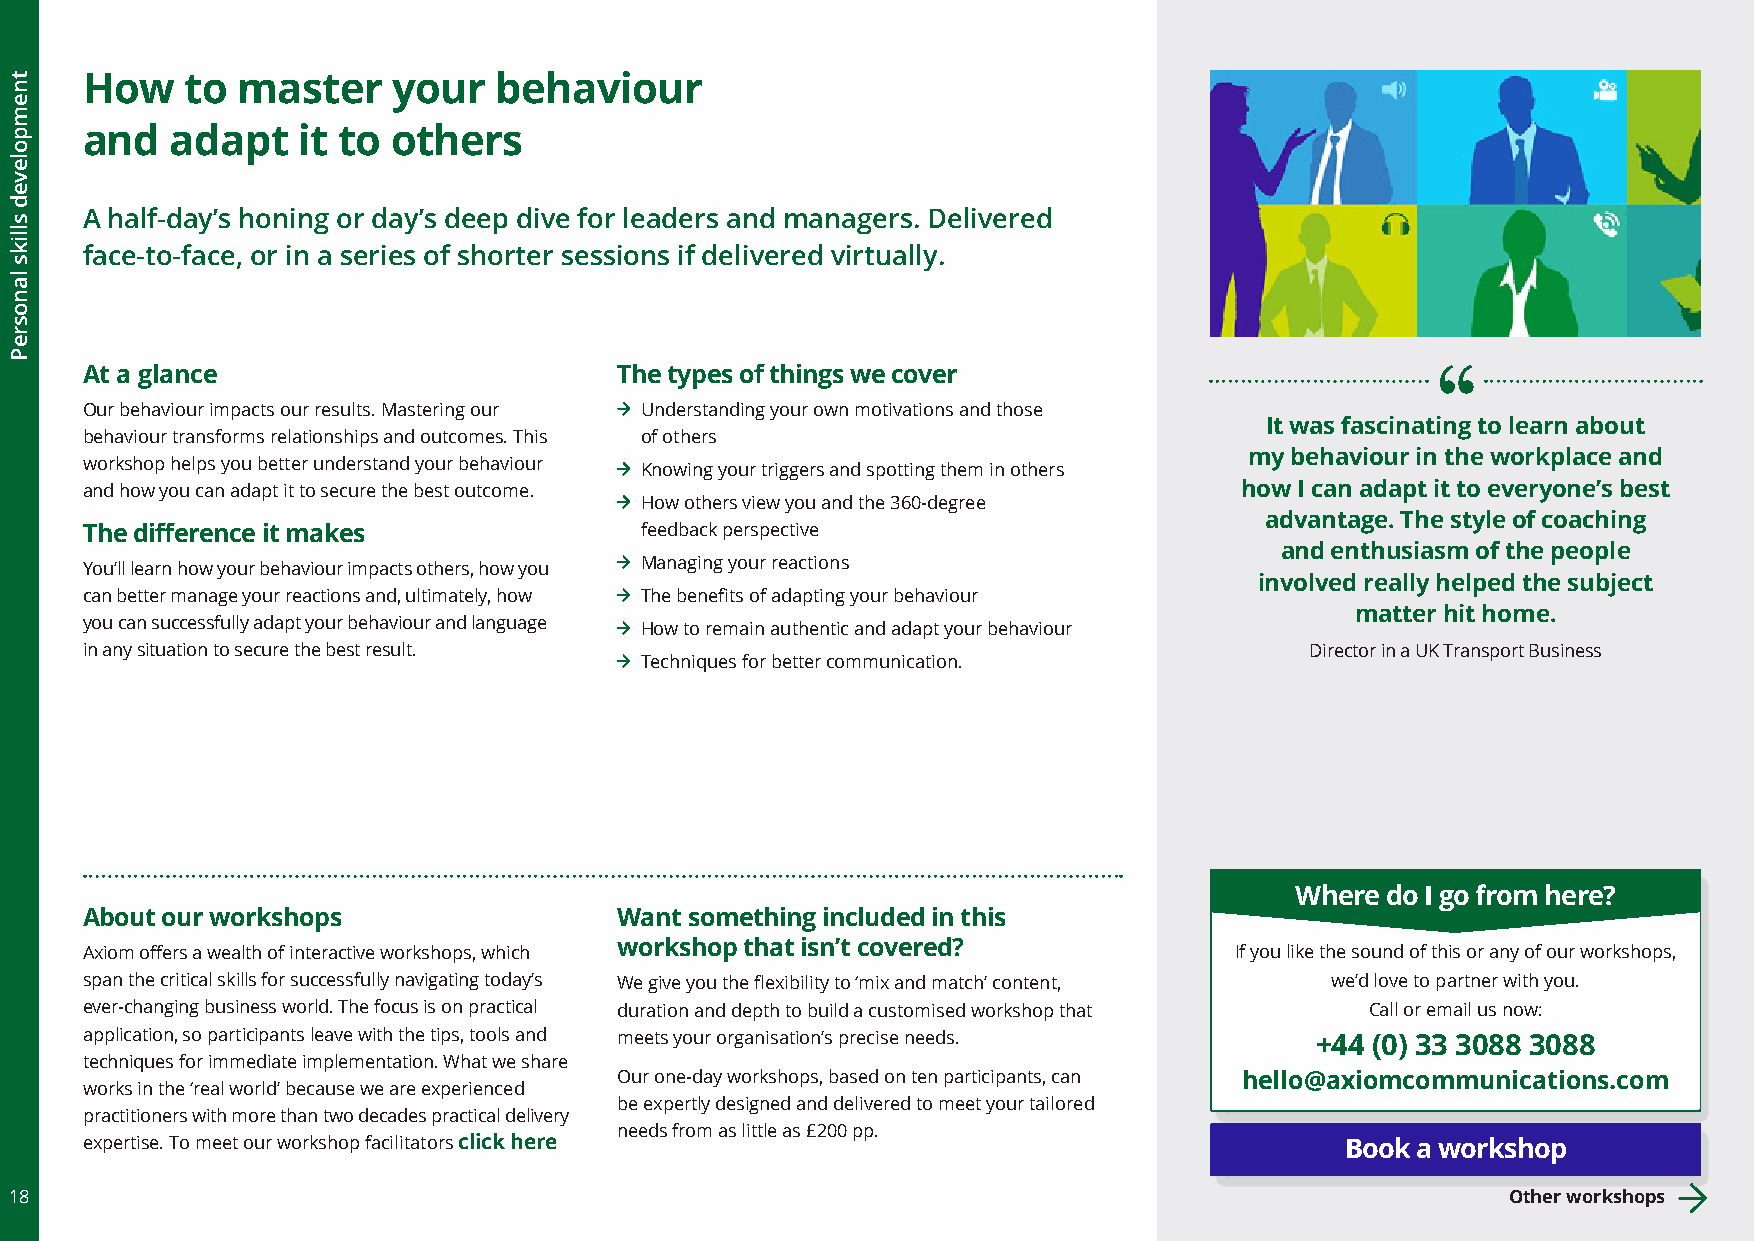
How    to  master    your   behaviour
 and   adapt    it to others
 A half-day’s honing or day’s deep dive for leaders and managers. Delivered
 face-to-face, or in a series of shorter sessions if delivered virtually.
 At a glance                         The types of things we cover
 Our behaviour impacts our results. Mastering our Understanding your own motivations and those
 It was fascinating to learn about
 behaviour transforms relationships and outcomes. This of others
 my behaviour in the workplace and
 workshop helps you better understand your behaviour Knowing your triggers and spotting them in others
 and how you can adapt it to secure the best outcome.                         how I can adapt it to everyone’s best
 How others view you and the 360-degree
 advantage. The style of coaching
 The difference it makes              feedback perspective
 and enthusiasm of the people
 You’ll learn how your behaviour impacts others, how you Managing your reactions
 involved really helped the subject
 can better manage your reactions and, ultimately, how The benefits of adapting your behaviour
 matter hit home.
 you can successfully adapt your behaviour and language How to remain authentic and adapt your behaviour
 in any situation to secure the best result.                                       Director in a UK Transport Business
 Techniques for better communication.
 Where do I go from here?
 About our workshops                 Want something included in this
 Axiom offers a wealth of interactive workshops, which workshop that isn’t covered? If you like the sound of this or any of our workshops,
 span the critical skills for successfully navigating today’s We give you the flexibility to ‘mix and match’ content, we’d love to partner with you.
 ever-changing business world. The focus is on practical duration and depth to build a customised workshop that Call or email us now:
 application, so participants leave with the tips, tools and meets your organisation’s precise needs. +44 (0) 33 3088 3088
 techniques for immediate implementation. What we share
 Our one-day workshops, based on ten participants, can hello@axiomcommunications.com
 works in the ‘real world’ because we are experienced
 be expertly designed and delivered to meet your tailored
 practitioners with more than two decades practical delivery
 needs from as little as £200 pp.
 expertise. To meet our workshop facilitators click here                             Book a workshop
 18                                                                                                 Other workshops
 tnempoleved
 slliks
 lanosreP